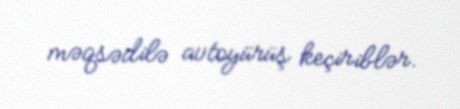
məqsədilə avtoyürüş keçiriblər.